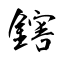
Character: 鎋